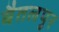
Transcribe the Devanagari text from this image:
बैतलपुर